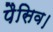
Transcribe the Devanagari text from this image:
पैसिव।